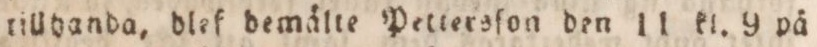
tillhanda, dlef demälte Pettersſon den 11 kl. 9 på